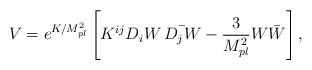
\begin{align*}V=e^{K/M_{pl}^{2}}\left[K^{ij}D_i W \, \bar{D_j W}-\frac{3}{M_{pl}^{2}}W\bar{W}\right], \end{align*}